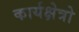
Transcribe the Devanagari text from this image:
कार्यक्षेत्रो